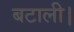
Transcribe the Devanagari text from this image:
बटाली।